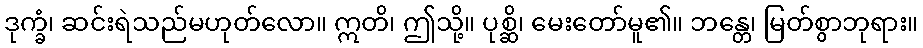
ဒုက္ခံ၊ ဆင်းရဲသည်မဟုတ်လော။ ဣတိ၊ ဤသို့။ ပုစ္ဆိ၊ မေးတော်မူ၏။ ဘန္တေ၊ မြတ်စွာဘုရား။